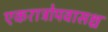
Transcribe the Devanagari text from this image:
एकरात्रोपवासश्च